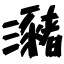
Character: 瀦